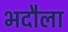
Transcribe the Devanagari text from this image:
भदौला